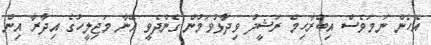
އެހެން ނަމަވެސް އިބްރާހިމް ރަޝީދު ވިދާޅުވަމުން ގެންދެވީ އޭނާ މަޖިލީހުގެ އިދާރާ އިން